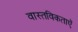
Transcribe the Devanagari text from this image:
वास्तविकताएॅ